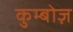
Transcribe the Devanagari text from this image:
कुम्बोज़